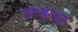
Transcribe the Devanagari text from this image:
वराहपुट